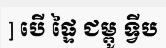
] បើ ផ្ទៃ ជម្ពូ ទ្វីប